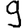
Digit: 9